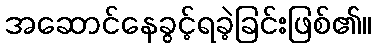
အဆောင်နေခွင့်ရခဲ့ခြင်းဖြစ်၏။